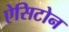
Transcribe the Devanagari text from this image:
ऐसिटोन